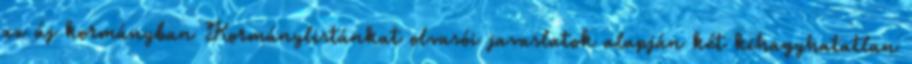
az új kormányban Kormánylistánkat olvasói javaslatok alapján két kihagyhatatlan